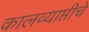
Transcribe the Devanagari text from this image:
कालव्याप्तीचे